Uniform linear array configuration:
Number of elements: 12
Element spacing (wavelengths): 0.25
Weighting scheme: binomial
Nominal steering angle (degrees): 15
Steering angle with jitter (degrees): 13.186
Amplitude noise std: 0.05
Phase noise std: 0.05

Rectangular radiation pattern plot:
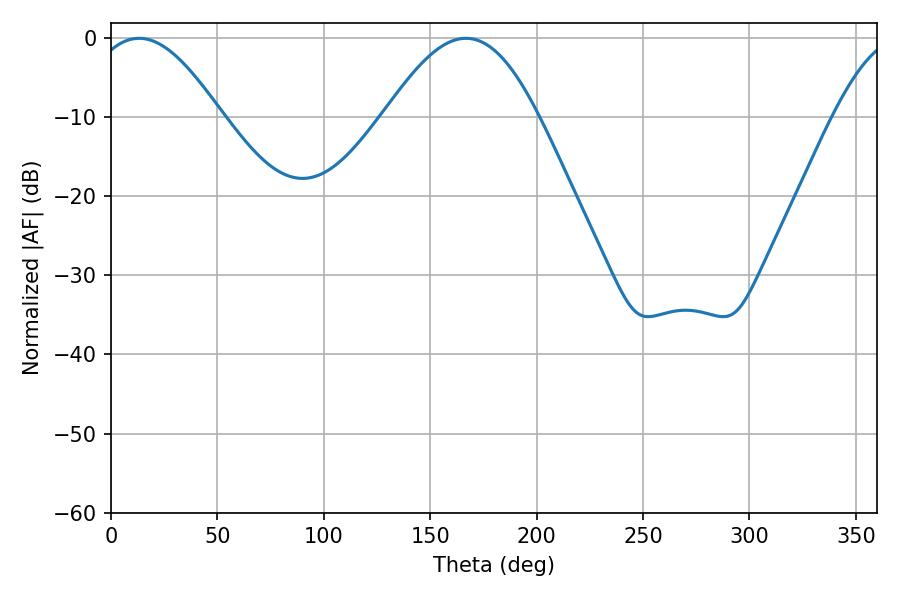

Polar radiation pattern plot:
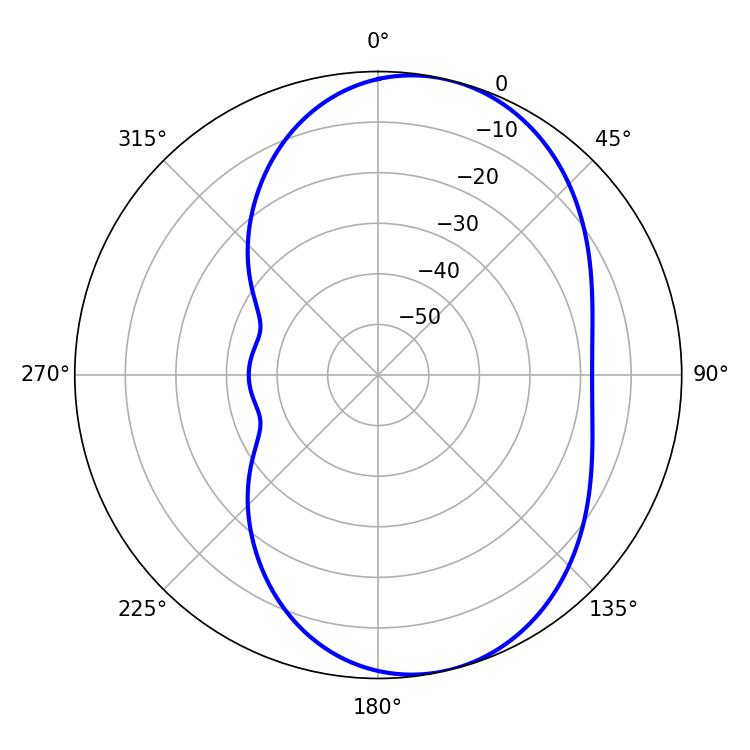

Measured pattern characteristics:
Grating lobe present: FALSE
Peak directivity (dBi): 7.199
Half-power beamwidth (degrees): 33.48
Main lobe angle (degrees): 13.14